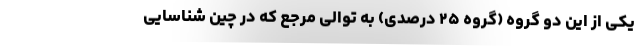
یکی از این دو گروه (گروه ۲۵ درصدی) به توالی مرجع که در چین شناسایی